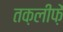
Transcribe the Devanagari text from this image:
तक़लीफ़ें